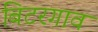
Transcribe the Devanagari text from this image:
बिटरगाव